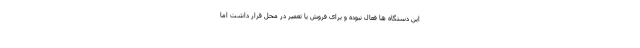
این دستگاه ها فعال نبوده و برای فروش یا تعمیر در محل قرار داشت اما